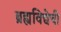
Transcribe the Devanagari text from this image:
ब्रह्यविद्येची